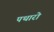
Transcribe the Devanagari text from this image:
पथारो